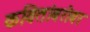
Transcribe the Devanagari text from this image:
कवितांबरोबर